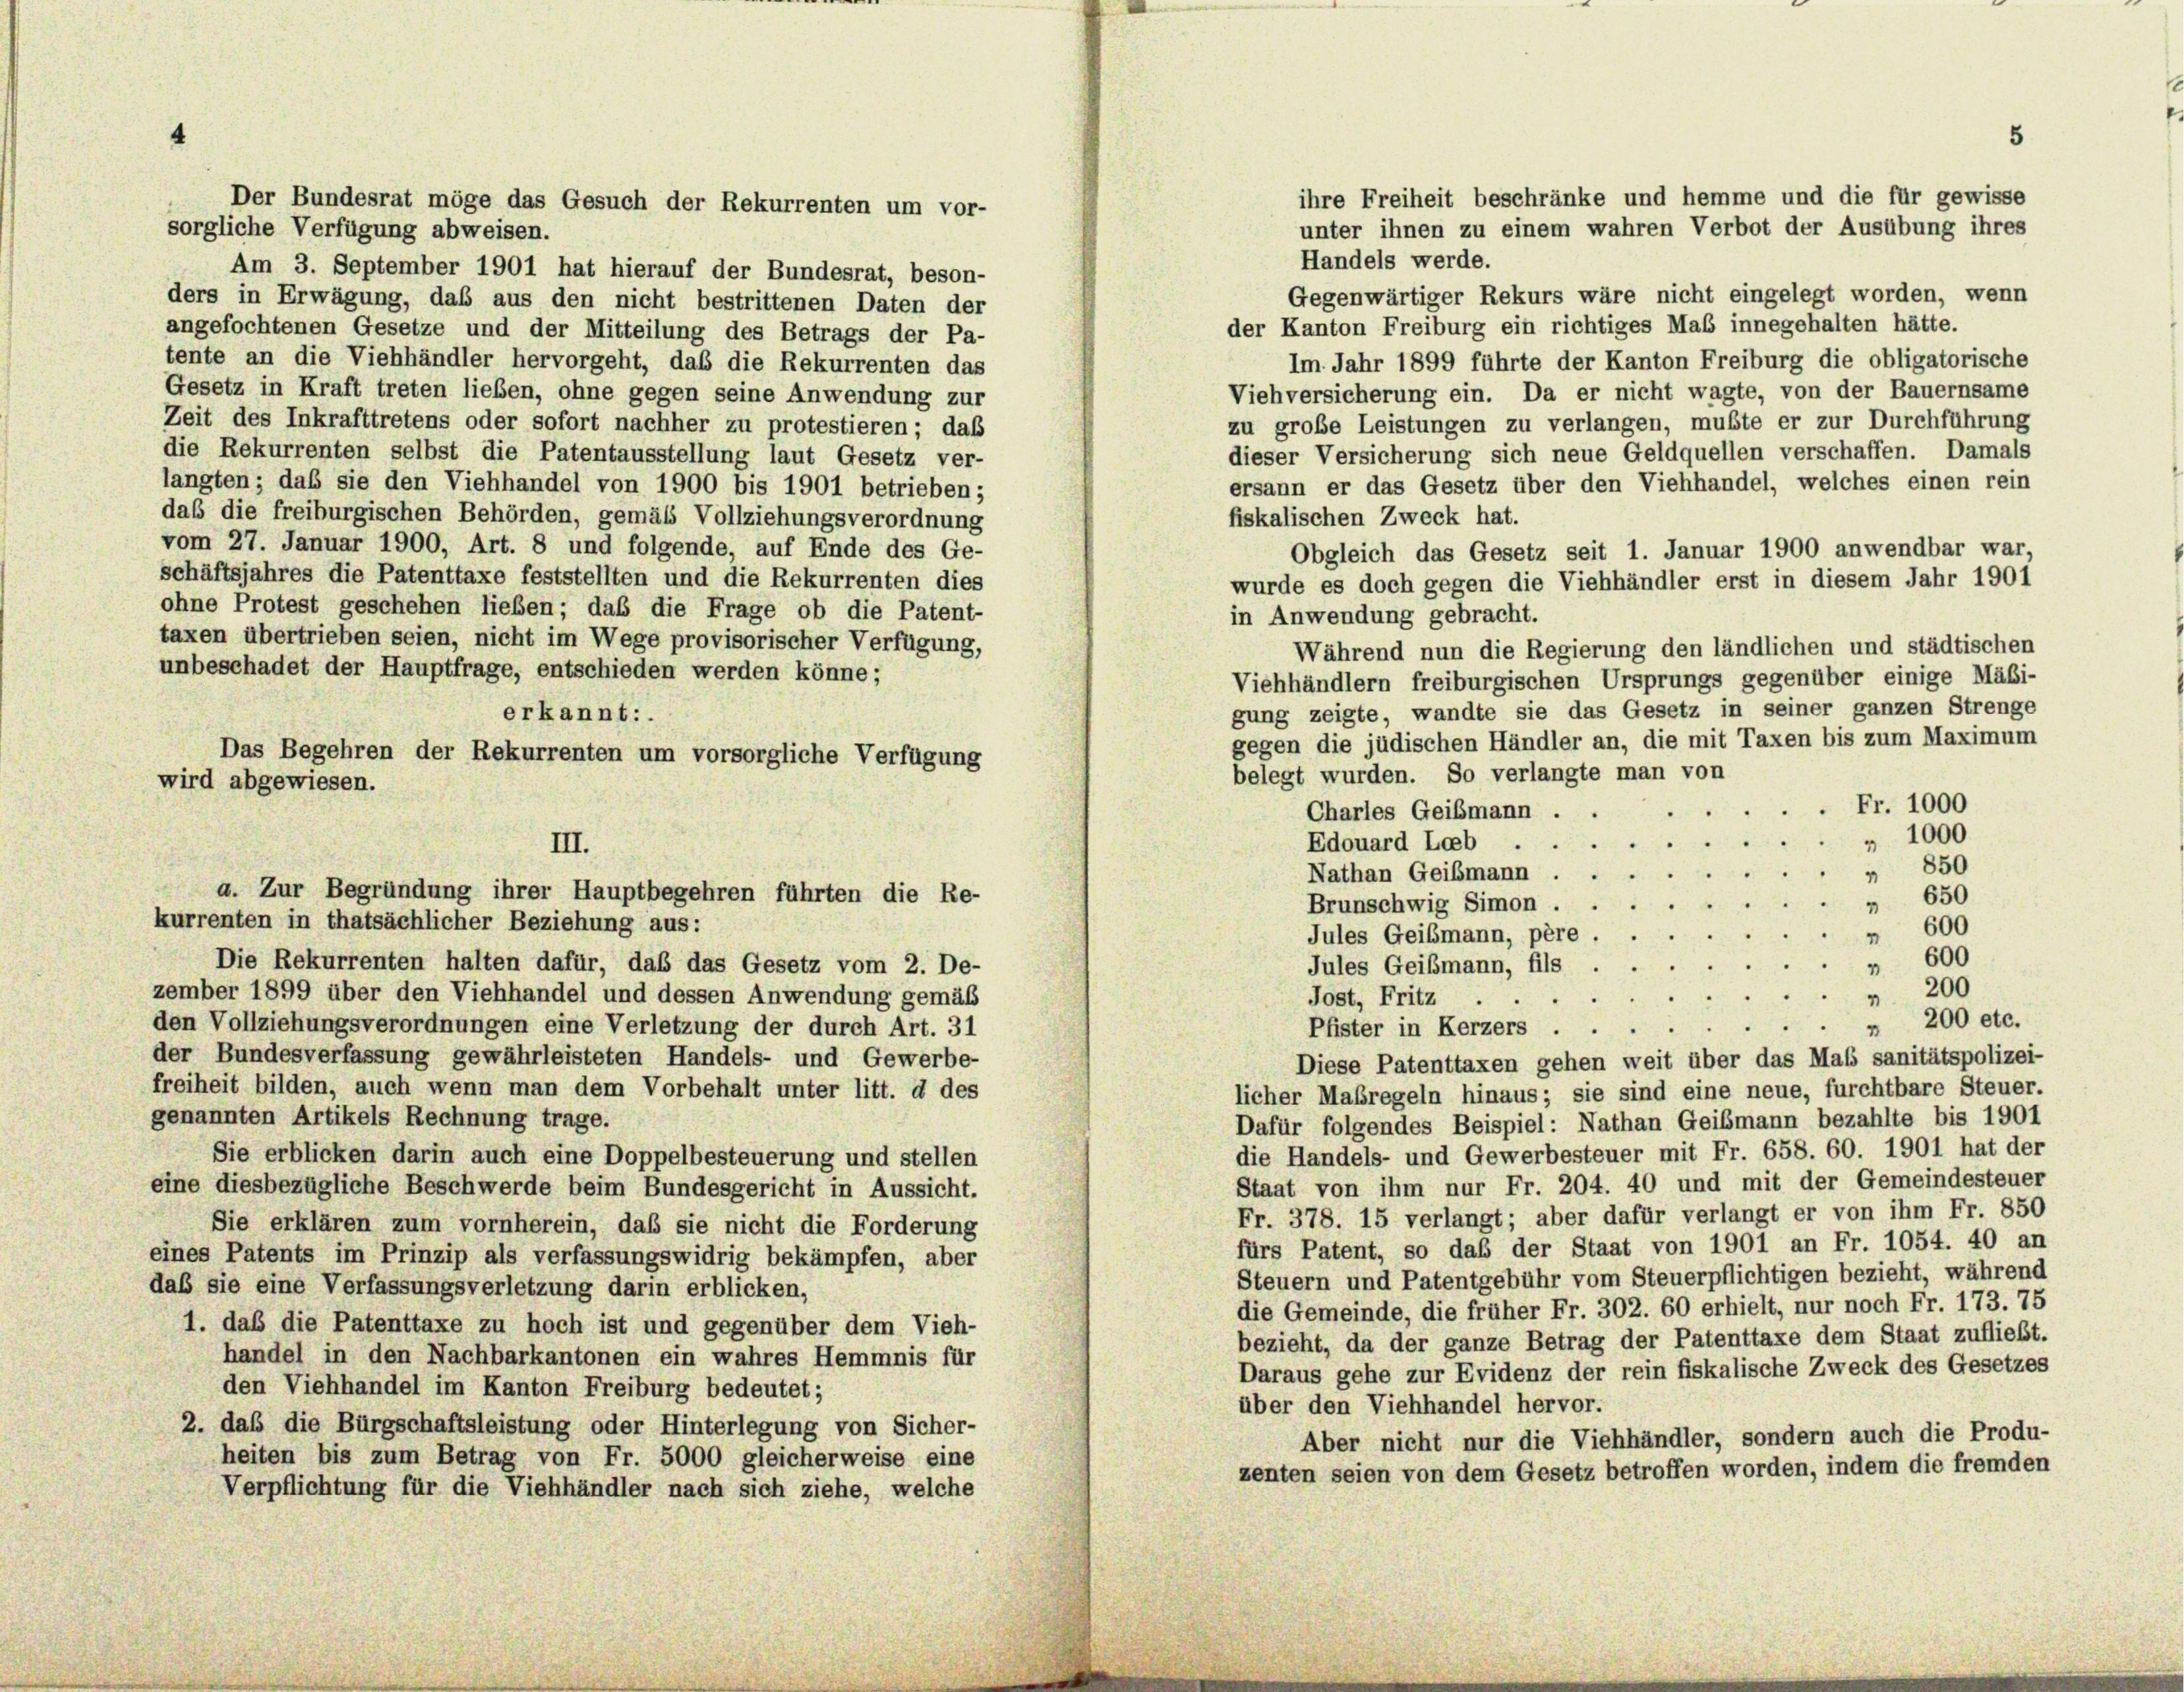
sorgliche Verfügung abweisen.
Am 3. September 1901 hat hierauf der Bundesrat, beson-
Gegenwärtiger Rekurs wäre nicht eingelegt worden, wenn
ders in Erwägung, daß aus den nicht bestrittenen Daten der
der Kanton Freiburg ein richtiges Maß innegehalten hätte.
angefochtenen Gesetze und der Mitteilung des Betrags der Pa-
Im Jahr 1899 führte der Kanton Freiburg die obligatorische
tente an die Viehhändler hervorgeht, daß die Rekurrenten das
Gesetz in Kraft treten lieben, ohne gegen seine Anwendung zur
Viehversicherung ein. Da er nicht wagte, von der Bauernsame
Zeit des Inkrafttretens oder sofort nachher zu protestieren; daß
zu große Leistungen zu verlangen, mußte er zur Durchführung
die Rekurrenten selbst die Patentausstellung laut Gesetz ver-
dieser Versicherung sich neue Geldquellen verschaffen. Damals
ersann er das Gesetz über den Viehhandel, welches einen rein
langten; das sie den Viehhandel von 1900 bis 1901 betrieben;
daß die freiburgischen Behörden, gemäß Vollziehungsverordnung
fiskalischen Zweck hat.
vom 27. Januar 1900, Art. 8 und folgende, auf Ende des Ge-
Obgleich das Gesetz seit 1. Januar 1900 anwendbar war,
schäftsjahres die Patenttaxe feststellten und die Rekurrenten dies
wurde es doch gegen die Viehhändler erst in diesem Jahr 1901
ohne Protest geschehen lieben; daß die Frage ob die Patent-
in Anwendung gebracht.
taxen übertrieben seien, nicht im Wege provisorischer Verfügung,
Während nun die Regierung den ländlichen und städtischen
unbeschadet der Hauptfrage, entschieden werden könne;
Viehhändlern freiburgischen Ursprungs gegenüber einige Mäßi-
gung zeigte, wandte sie das Gesetz in seiner ganzen Strenge
erkannt:
gegen die jüdischen Händler an, die mit Taxen bis zum Maximum
Das Begehren der Rekurrenten um vorsorgliche Verfügung
belegt wurden. So verlangte man von
Fr. 1000
Charles Geißmann .
.
" 1000
“
Edouard Loeb
e
850
Nathan Geißmann ...
1
650
Brunschwig Simon .
2
kurrenten in thatsächlicher Beziehung aus:
 600
Jules Geißmann, père .
600
Die Rekurrenten halten dafür, daß das Gesetz vom 2. De-
Jules Geißmann, fils
4
 200
zember 1899 über den Viehhandel und dessen Anwendung gemäß
Jost, Fritz
.
" 200 etc.
den Vollziehungsverordnungen eine Verletzung der durch Art. 31
Pfister in Kerzers . .
der Bundesverfassung gewährleisteten Handels- und Gewerbe-
Diese Patenttaxen gehen weit über das Mal sanitätspolizei-
freiheit bilden, auch wenn man dem Vorbehalt unter litt. d des
licher Maßregeln hinaus; sie sind eine neue, furchtbare Steuer.
genannten Artikels Rechnung trage.
Dafür folgendes Beispiel: Nathan Geißmann bezahlte bis 1901
die Handels- und Gewerbesteuer mit Fr. 658. 60. 1901 hat der
Sie erblicken darin auch eine Doppelbesteuerung und stellen
Staat von ihm nur Fr. 204. 40 und mit der Gemeindesteuer
eine diesbezügliche Beschwerde beim Bundesgericht in Aussicht.
Fr. 378. 15 verlangt; aber dafür verlangt er von ihm Fr. 850
Sie erklären zum vornherein, daß sie nicht die Forderung
fürs Patent, so daß der Staat von 1901 an Fr. 1054. 40 an
eines Patents im Prinzip als verfassungswidrig bekämpfen, aber
Steuern und Patentgebühr vom Steuerpflichtigen bezieht, während
daß sie eine Verfassungsverletzung darin erblicken,
die Gemeinde, die früher Fr. 302. 60 erhielt, nur noch Fr. 173. 75
1. daß die Patenttaxe zu hoch ist und gegenüber dem Vieh-
bezieht, da der ganze Betrag der Patenttaxe dem Staat zufliebt.
handel in den Nachbarkantonen ein wahres Hemmnis für
Daraus gehe zur Evidenz der rein fiskalische Zweck des Gesetzes
den Viehhandel im Kanton Freiburg bedeutet;
über den Viehhandel hervor.
2. das die Bürgschaftsleistung oder Hinterlegung von Sicher-
Aber nicht nur die Viehhändler, sondern auch die Produ-
heiten bis zum Betrag von Fr. 5000 gleicherweise eine
zenten seien von dem Gesetz betroffen worden, indem die fremden
Verpflichtung für die Viehhändler nach sich ziehe, welche

wird abgewiesen.

III.
a. Zur Begründung ihrer Hauptbegehren führten die Re-

Der Bundesrat möge das Gesuch der Rekurrenten um vor-

ihre Freiheit beschränke und hemme und die für gewisse
unter ihnen zu einem wahren Verbot der Ausübung ihres
Handels werde.